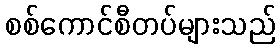
စစ်ကောင်စီတပ်များသည်